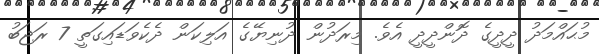
މުޙައްމަދު ދީދީގެ ދޮންދީދީ އެވެ. މިރަދުން ދުނިޔޭގެ އަލިކަން ދެކެވަޑައިގަތީ 7 ރަޖަބު